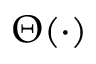
\Theta ( \cdot )